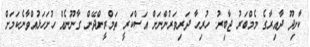
ކާށިދޫ ދާއިރާގެ މެމްބަރު ޖާބިރު. ހުރިހާ ދަރިވަރުންނަށް އަސްކަރީ ތަމްރީންދޭން ގާނޫނެއް ހުށަހަޅުއްވާނެކަމަށް